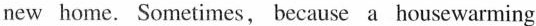
new home. Sometimes, because a housewarming